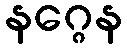
နဂ္ဂေန